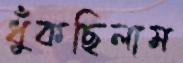
ধুঁকছিলাম